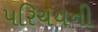
પરિચયની